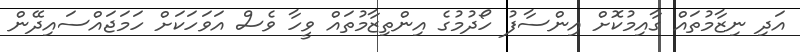
އަދި ނިޒާމުތައް ގާއިމުކޮށް އިންސާފު ހޯދުމުގެ އިންތިޒާމުތައް ވީހާ ވެސް އަވަހަކަށް ހަމަޖައްސައިދޭން